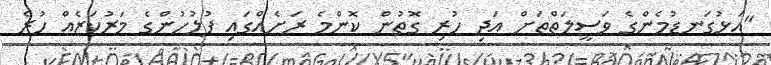
"އަޅުގަނޑުމެންގެ ވަސީލަތްތަށް އަދި ހުރި ގޮތުން ކޮންމެ ރަށެއްގައި ފުލުހުންގެ މަރުކަޒެއް ހުރެ